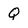
Character: Q